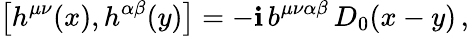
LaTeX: \big[h^{\mu\nu}(x),h^{\alpha\beta}(y)\big]=-\mathbf{i}\, b^{\mu\nu\alpha\beta}\, D_{0}(x-y)\, ,